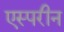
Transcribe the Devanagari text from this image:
एस्परीन